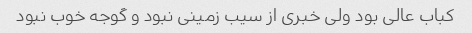
کباب عالی بود ولی خبری از سیب زمینی نبود و گوجه خوب نبود